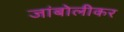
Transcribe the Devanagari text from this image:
जांबोलीकर